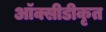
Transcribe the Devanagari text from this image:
ऑक्सीडीकृत